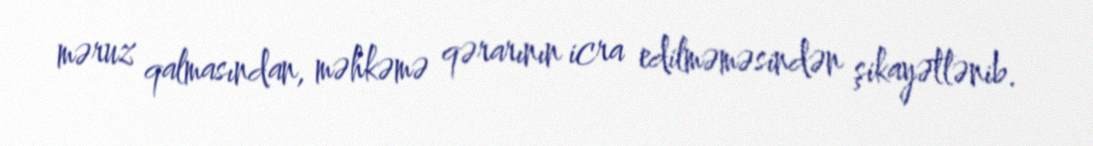
məruz qalmasından, məhkəmə qərarının icra edilməməsindən şikayətlənib.